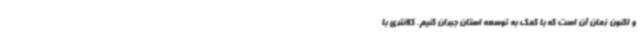
و اکنون زمان آن است که با کمک به توسعه استان جبران کنیم. کلانتری با